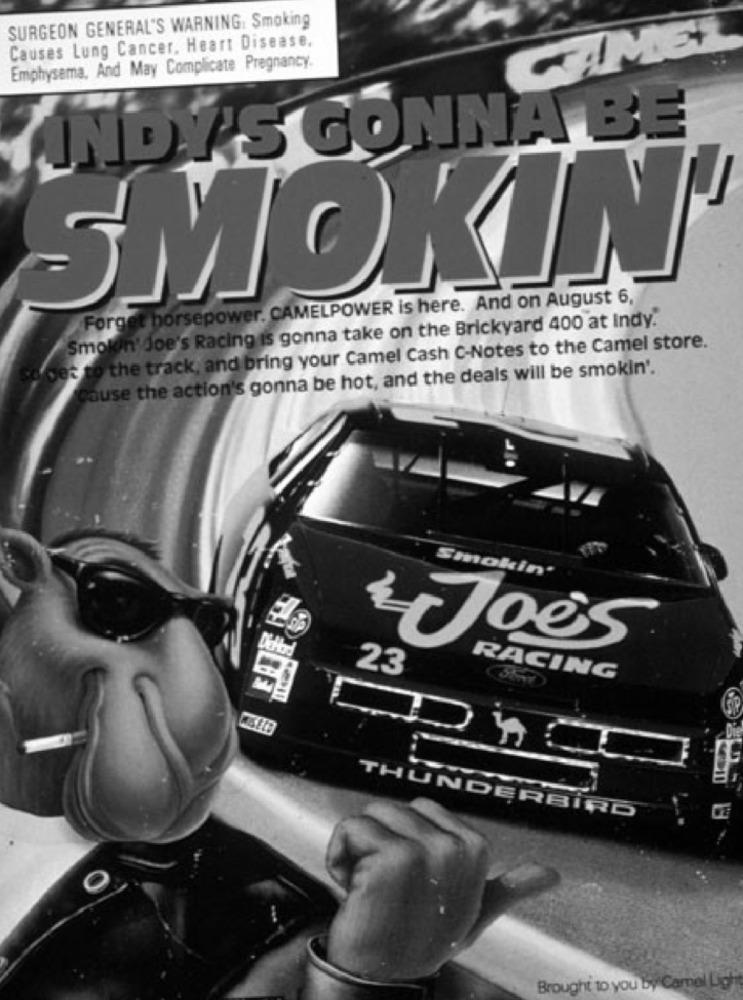
SURGEON GENERAL'S WARNING. Smoking
Causes Lung Cancer, Heart Disease.
CAME
Emphysema, And May Complicate Pregnancy.
INDY'S GONNA BE
SMOKIN'
Forget horsepower. CAMELPOWER is here. And on August 6,
Smolon' Joe's Racing is gonna take on the Brickyard 400 at Indy."
et to the track, and bring your Camel Cash C-Notes to the Camel store.
Cause the action's gonna be hot, and the deals will be smokin'.
Smokin'
23
Joes
RACING
THUNDERBIRD
Brought to you by Camel Ligh